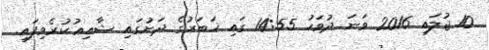
10 ޖުލައި 2016 ވަނަ ދުވަހު 14:55 ގައި ޚަބަރުގެ ދަށުގައި ޝާއިޢުކުރެވިފައި.